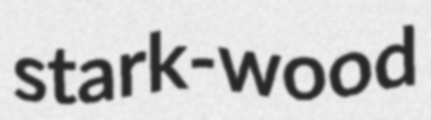
stark-wood